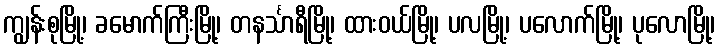
ကျွန်းစုမြို့၊ ခမောက်ကြီးမြို့၊ တနင်္သာရီမြို့၊ ထားဝယ်မြို့၊ ပလမြို့၊ ပလောက်မြို့၊ ပုလောမြို့၊